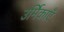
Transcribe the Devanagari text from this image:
उर्मिकाएँ